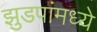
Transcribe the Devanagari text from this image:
झुडपांमध्ये